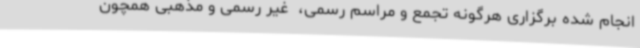
انجام شده برگزاری هرگونه تجمع و مراسم رسمی، ‌ غیر رسمی و مذهبی همچون